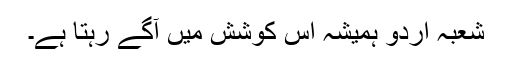
شعبہ اردو ہمیشہ اس کوشش میں آگے رہتا ہے۔